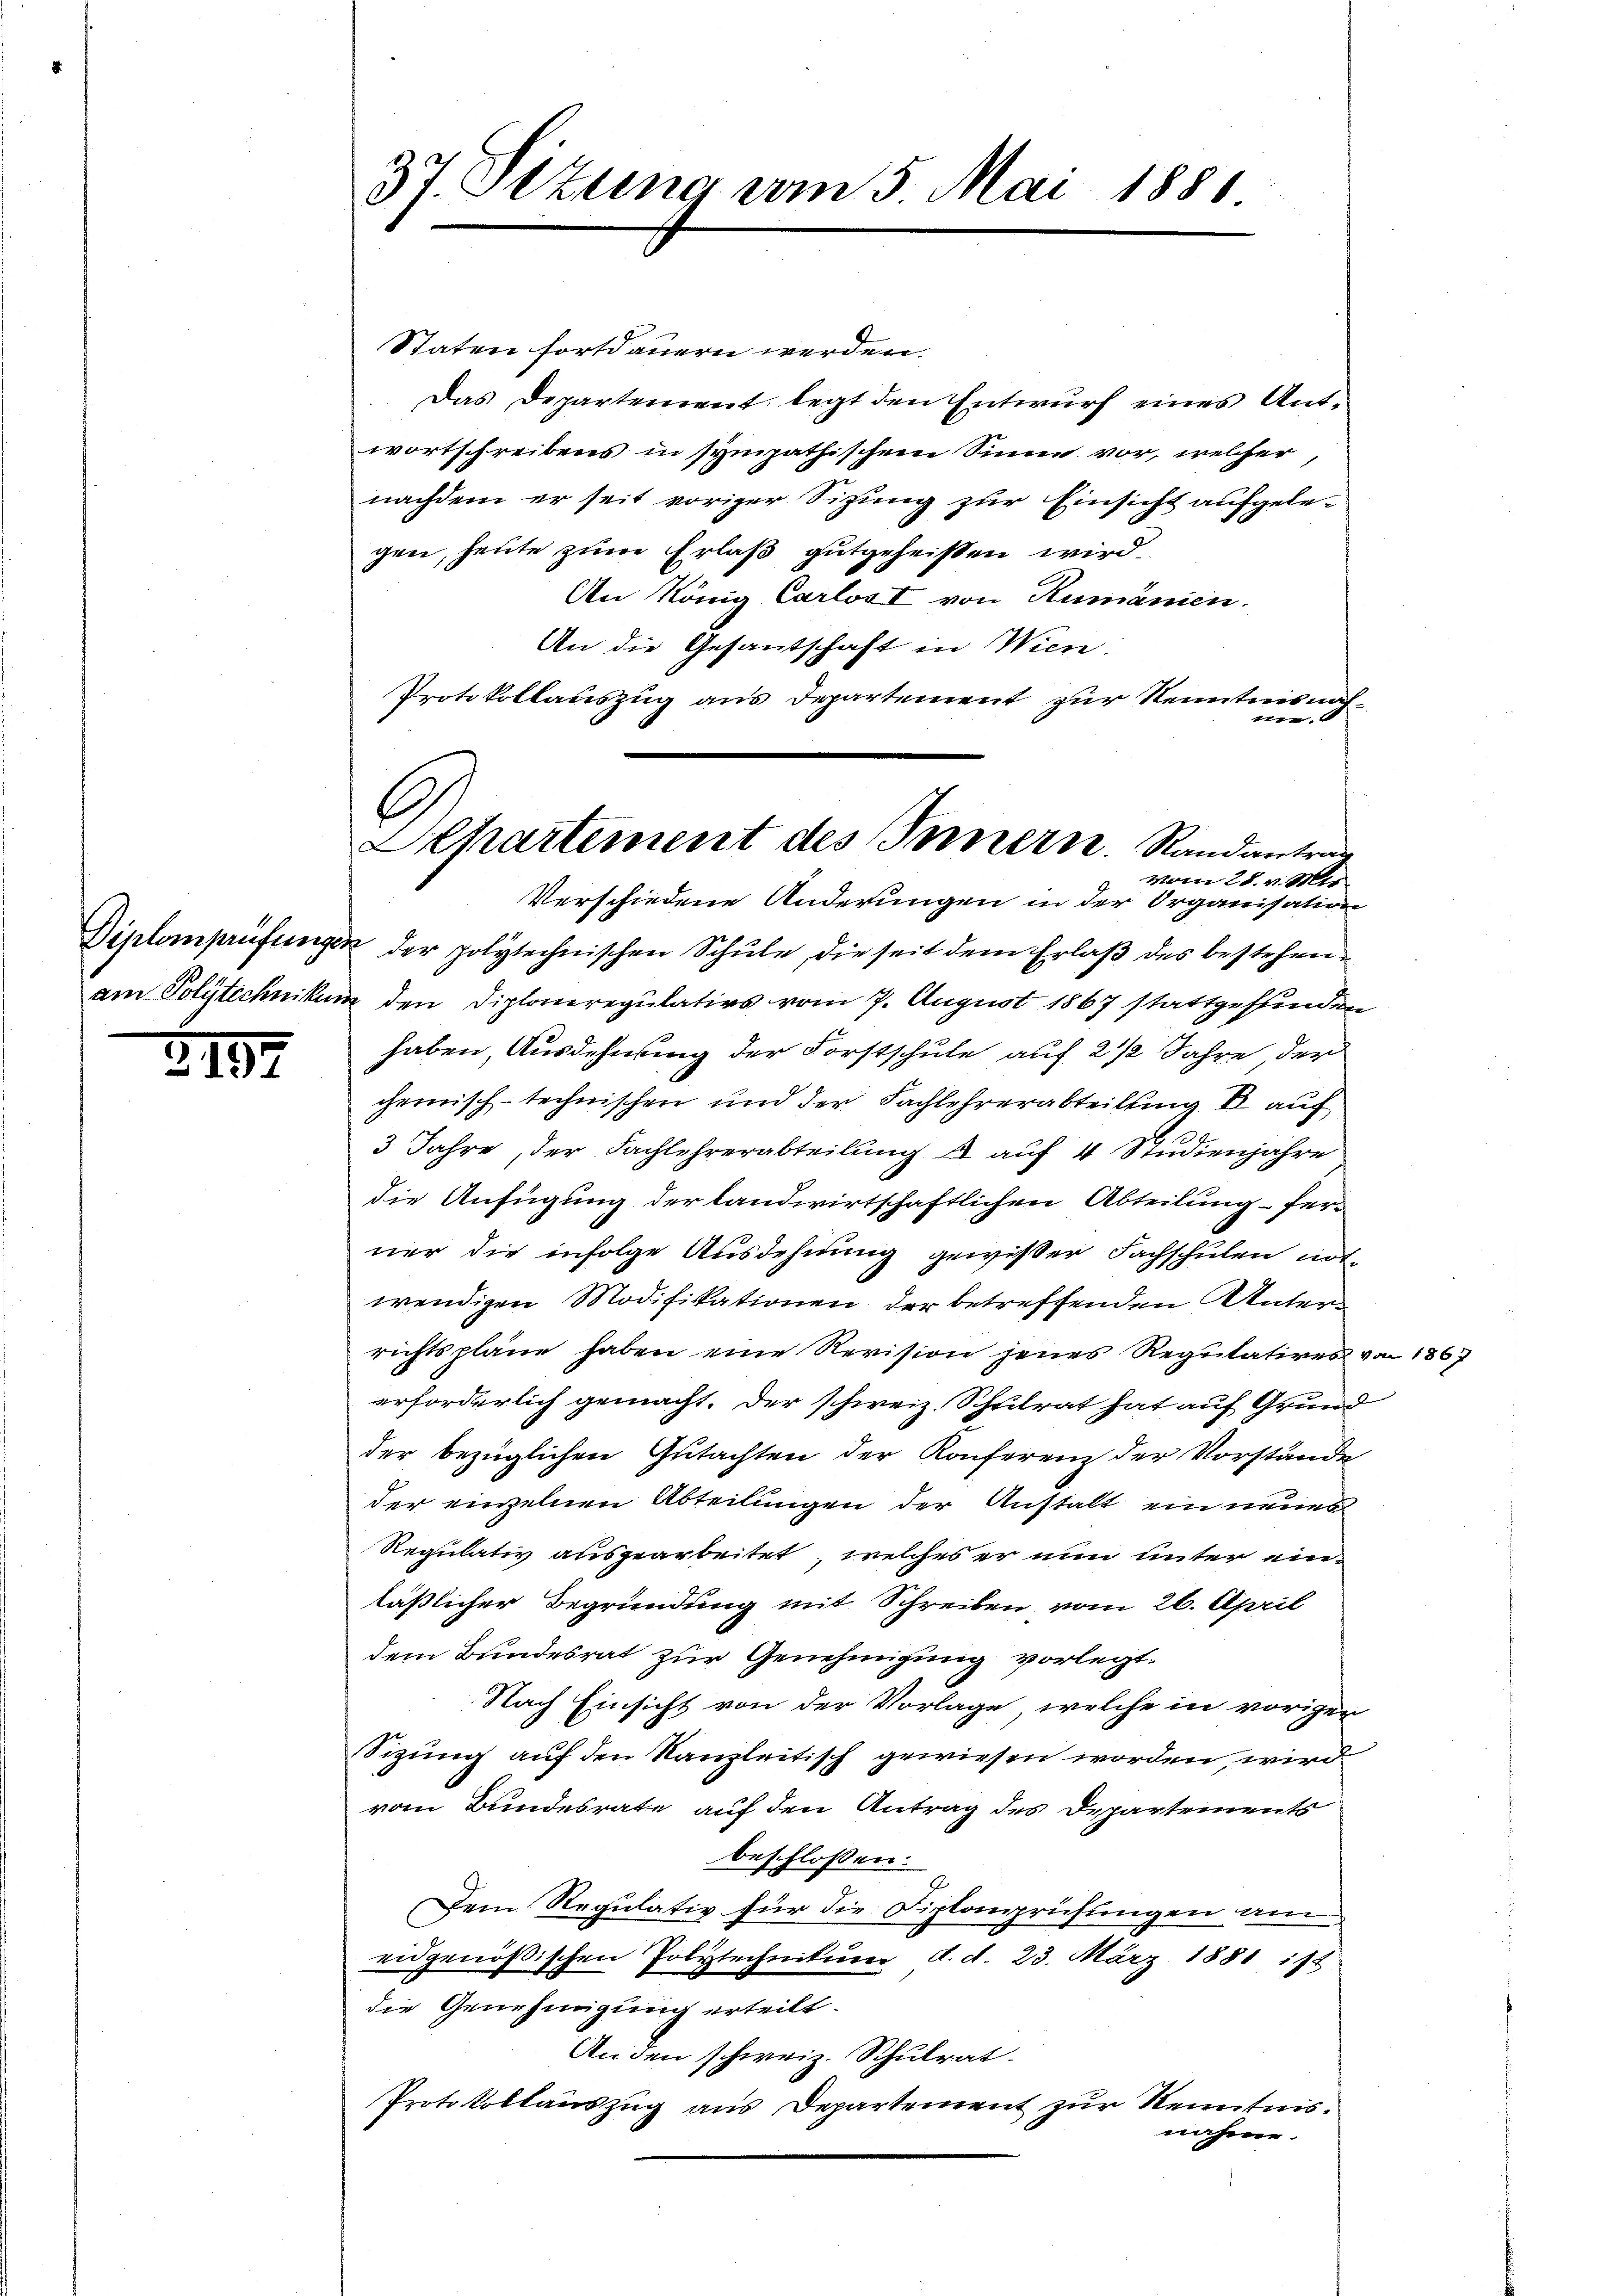
5

137.

Staten fortdauern werden.
Das Departement legt den Entwurf eines Antwortschreibens in sympathischem Sinne vor, welcher,
nachdem er seit voriger Sitzung zur Einsicht aufgelegen, heute zum Erlaß gutgeheißen wird.
An König Carlost von Rumänien.
An die Gesantschaft in Wien.
Protokollauszug aus Departement zur Kenntnis nach¬

Verschiedene Änderungen in der Organisation
Diplomprüfungen der polytechnischen Schule, die seit dem Erlaß des bestehenam Polytechnikum den Diploneregulativs vom 7. August 1867 stattgefunden
haben, Ausdehnung der Forstschule auf 2 1/2 Jahre der
chemisch-technischen und der Fachlehrerabteilung d auf
3 Jahre, der Fachlehrerabteilŭng 4 auf 4 Studienjahre
die Anfügung der landwirtschaftlichen Abteilung fer-
ner die infolge Ausdehnung gewißer Fachschulen notwendigen Modifikationen der betreffenden Unterrichtspläne haben eine Revision jenes Regulatives u
erforderlich gemacht. Der schweiz. Schulrat hat auf Grund
der bezüglichen Gutachten der Konferenz der Vorstände
der einzelnen Abteilungen der Anstalt ein neues
Regulativ ausgearbeitet, welches er nun unter einläßlicher Begründung mit Schreiben vom 26. April
dem Bundesrat zur Genehmigung vorlegt.
Nach Einsicht von der Vorlage, welche in vorigen
Sizung auf den Kanzleitisch gewiesen worden, wird
vom Bundesrate auf den Antrag des Departements
beschlossen:
Dem Regulativ für die Diplanprüfungen am
eidgenößischen Polytechnikum d. d. 23. März 1881 ist
die Genehmigung erteilt.
An den schweiz. Schulrat.
Protokollauszug aus Departement zur Kenntnis.
nahme.

37. Setung vom 5. Mai 1881

f
Khartement des Innern. Randantrag
vom 28. v. Mir

1867